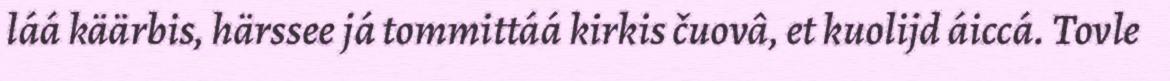
láá käärbis, härssee já tommittáá kirkis čuovâ, et kuolijd áiccá. Tovle